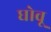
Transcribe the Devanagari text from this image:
घोवू